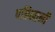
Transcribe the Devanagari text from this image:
पछिमानी